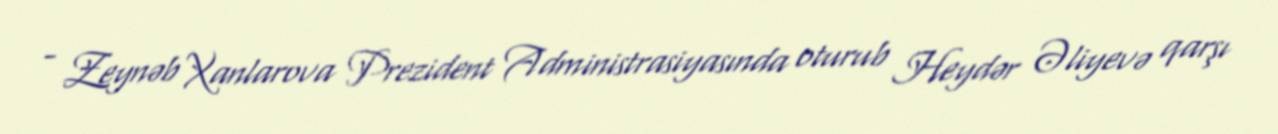
- Zeynəb Xanlarova Prezident Administrasiyasında oturub Heydər Əliyevə qarşı